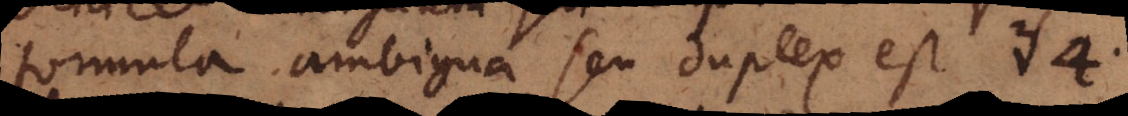
formula ambigua seu duplex est 2 -4.